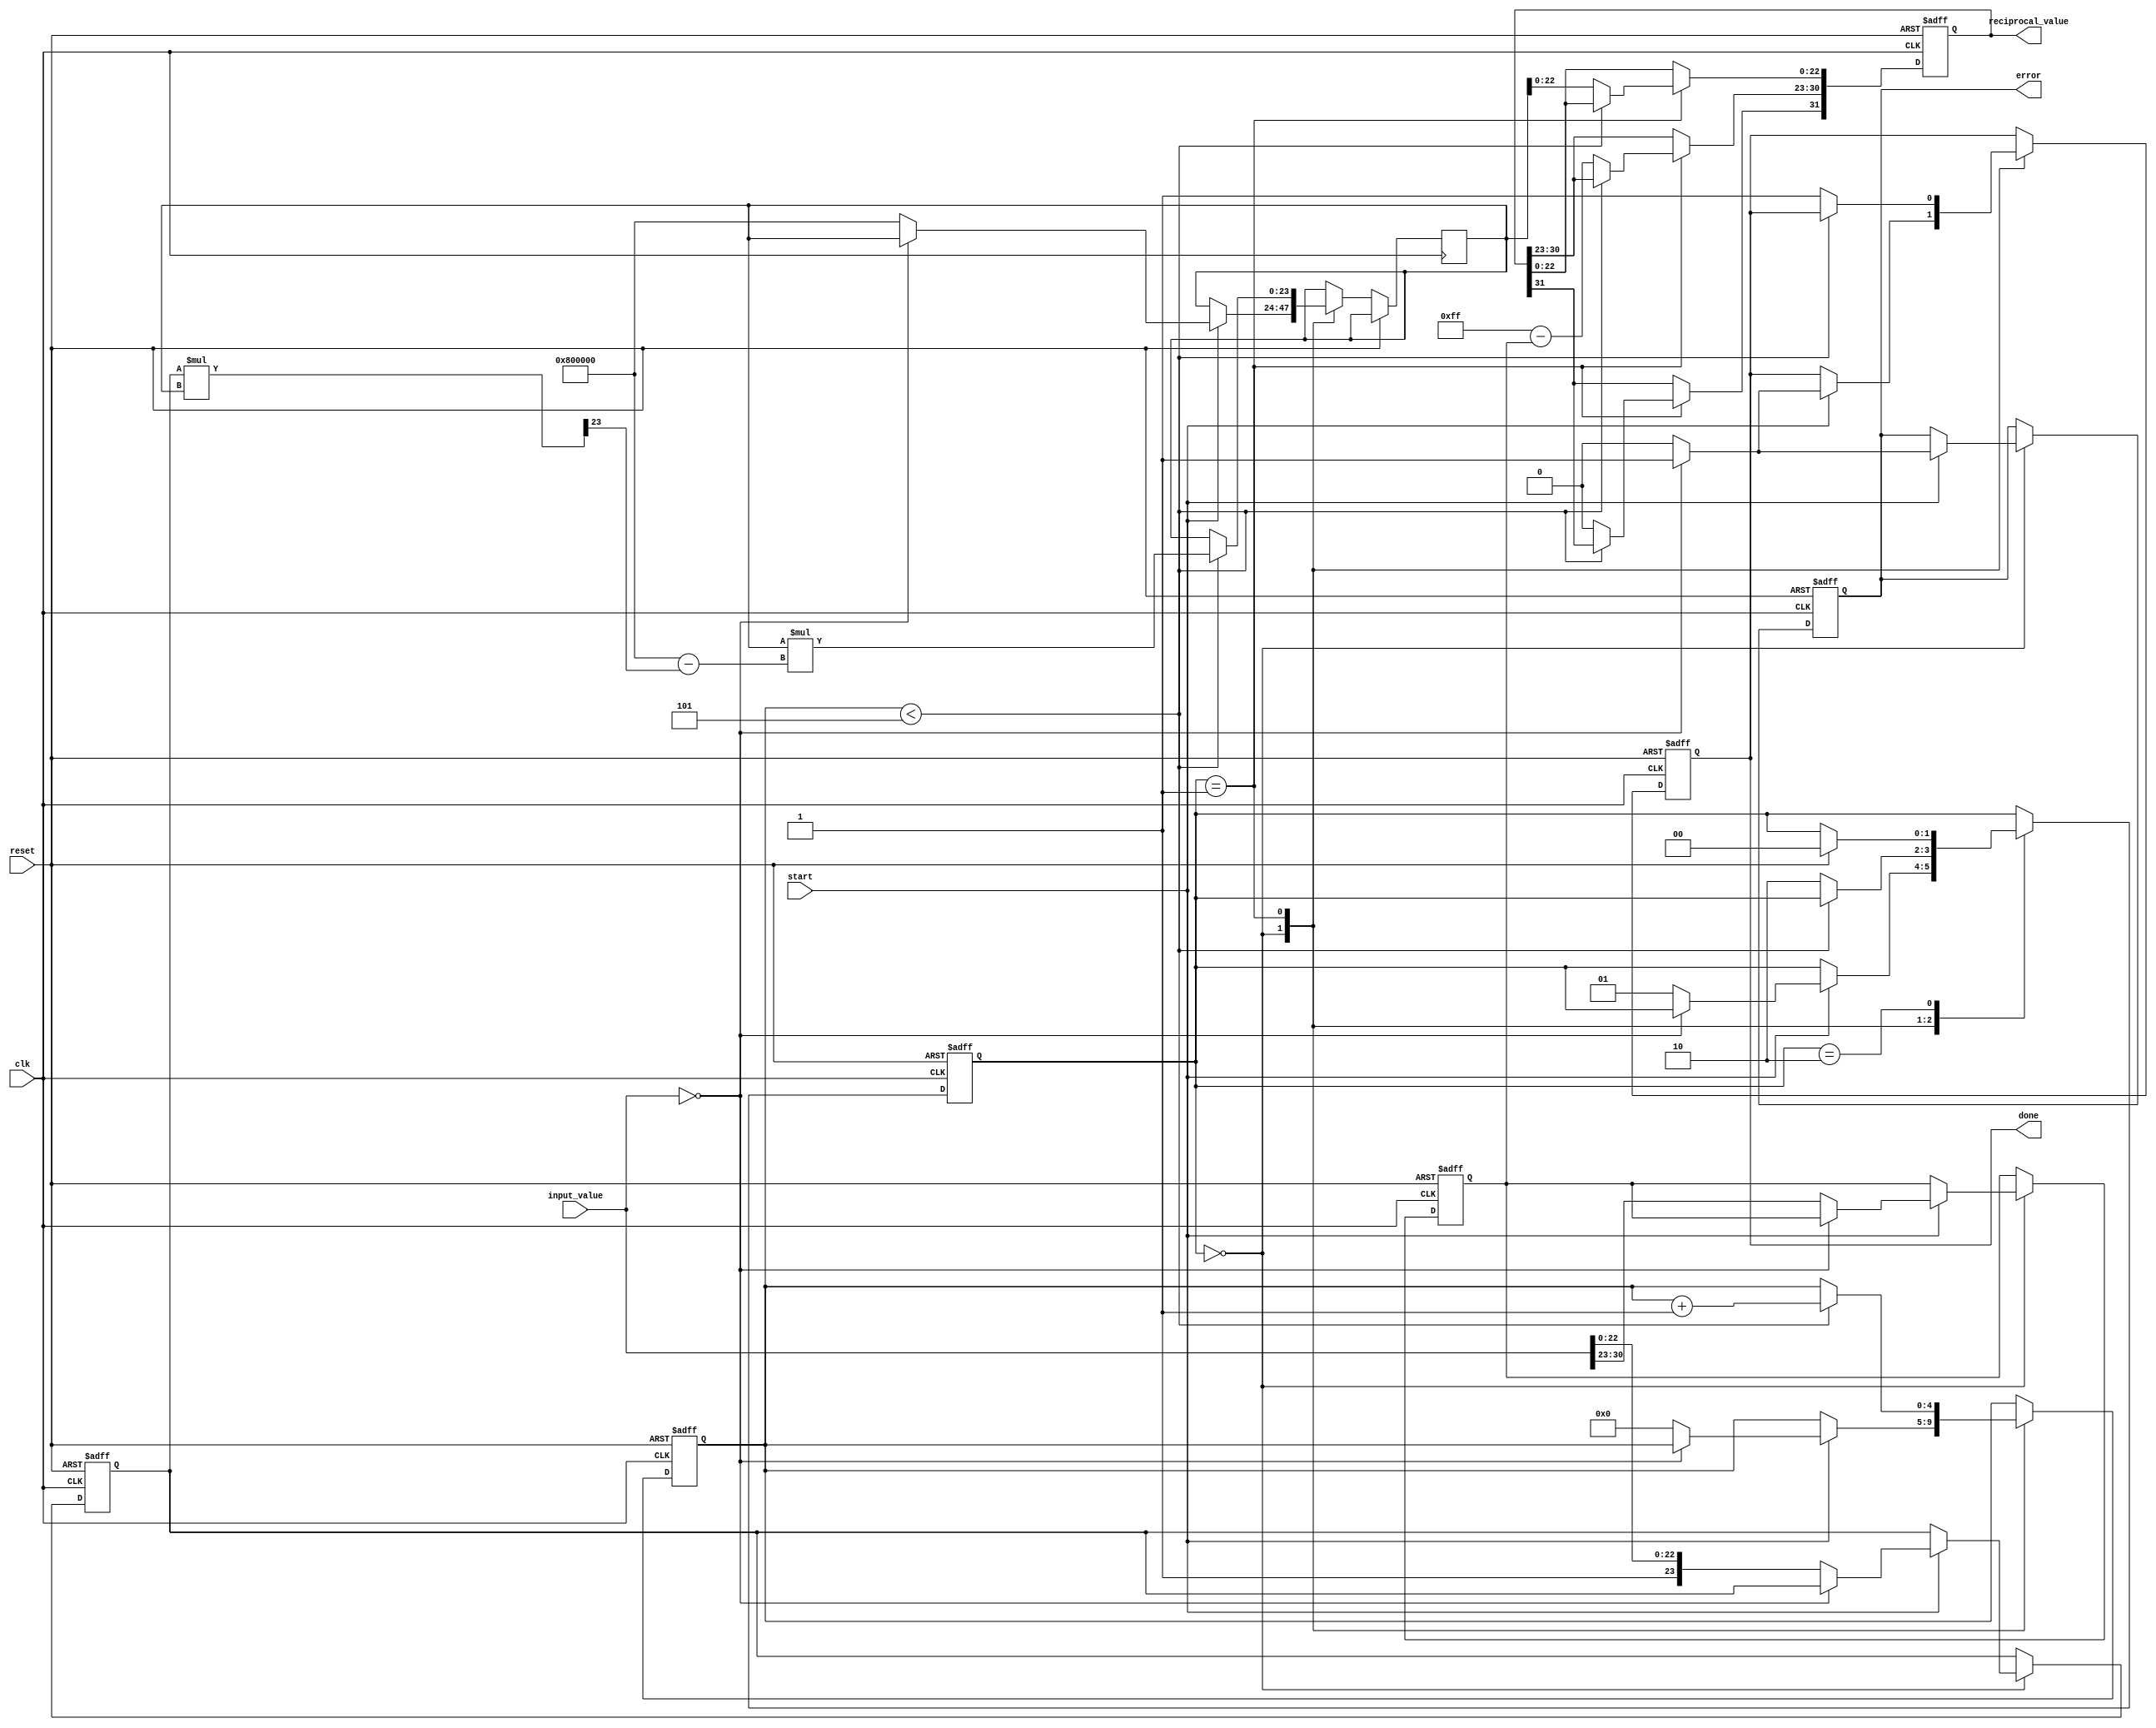
module floating_point_reciprocal (
    input wire clk,
    input wire reset,
    input wire start,
    input wire [31:0] input_value, // IEEE 754 single precision
    output reg [31:0] reciprocal_value, // IEEE 754 single precision
    output reg done,
    output reg error
);

    // Internal signals
    reg [7:0] exponent;
    reg [23:0] mantissa;
    reg sign;
    reg [23:0] approx; // Approximation of the reciprocal
    reg [4:0] iteration_count; // Counter for iterations
    reg [1:0] state; // State machine

    // State definitions
    localparam IDLE = 2'b00;
    localparam COMPUTE = 2'b01;
    localparam DONE = 2'b10;

    // Extract sign, exponent, and mantissa
    always @(posedge clk or posedge reset) begin
        if (reset) begin
            sign <= 1'b0;
            exponent <= 8'b0;
            mantissa <= 24'b0;
            reciprocal_value <= 32'b0;
            done <= 1'b0;
            error <= 1'b0;
            state <= IDLE;
            iteration_count <= 5'b0;
        end else begin
            case (state)
                IDLE: begin
                    if (start) begin
                        // Check for zero input
                        if (input_value == 32'b0) begin
                            error <= 1'b1;
                            done <= 1'b1;
                        end else begin
                            // Extract sign, exponent, and mantissa
                            sign <= input_value[31];
                            exponent <= input_value[30:23];
                            mantissa <= {1'b1, input_value[22:0]}; // Normalize mantissa
                            approx <= 24'h800000; // Initial approximation (1.0)
                            iteration_count <= 5'b0;
                            state <= COMPUTE;
                            error <= 1'b0;
                            done <= 1'b0;
                        end
                    end
                end

                COMPUTE: begin
                    if (iteration_count < 5) begin // Fixed number of iterations
                        // Newton-Raphson iteration: r_n+1 = r_n * (2 - x * r_n)
                        approx <= approx * (24'h800000 - (mantissa * approx >> 23)); // Shift for precision
                        iteration_count <= iteration_count + 1;
                    end else begin
                        // Compute final reciprocal value
                        reciprocal_value[31] <= 1'b0; // Sign bit is always 0
                        reciprocal_value[30:23] <= 8'b11111111 - exponent; // Adjust exponent
                        reciprocal_value[22:0] <= approx[22:0]; // Mantissa
                        done <= 1'b1;
                        state <= DONE;
                    end
                end

                DONE: begin
                    // Stay in DONE state until reset
                    if (reset) begin
                        state <= IDLE;
                    end
                end
            endcase
        end
    end

endmodule